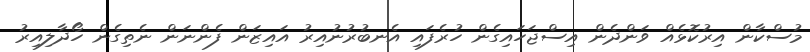
މުސްކާން އިރުކޮޅެއް ވަންދެން އިސްޖަހައިގެން ހުރެފައި އެނބުރުނުއިރު އައިޒަން ފެންނަން ނެތިގެން ހޯދާލިއިރު